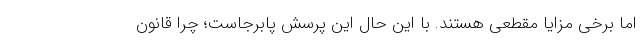
اما برخی مزایا مقطعی هستند. با این حال این پرسش پابرجاست؛ چرا قانون